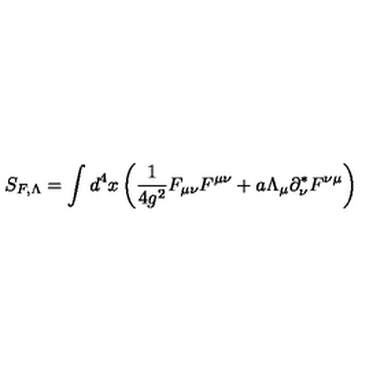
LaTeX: S _ { F , \Lambda } = \int d ^ { 4 } x \left( \frac { 1 } { 4 g ^ { 2 } } F _ { \mu \nu } F ^ { \mu \nu } + a \Lambda _ { \mu } \partial _ { \nu } ^ { * } F ^ { \nu \mu } \right)